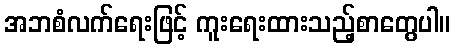
အဘစံလက်ရေးဖြင့် ကူးရေးထားသည့်စာတွေပါ။